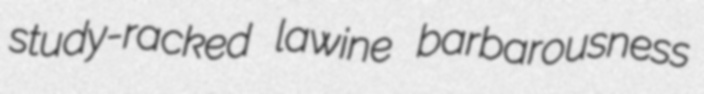
study-racked lawine barbarousness